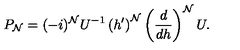
P _ { \cal N } = ( - i ) ^ { \cal N } U ^ { - 1 } \left( h ^ { \prime } \right) ^ { \cal N } \left( \frac { d } { d h } \right) ^ { \cal N } U .